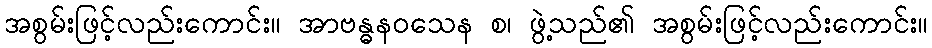
အစွမ်းဖြင့်လည်းကောင်း။ အာဗန္ဓနဝသေန စ၊ ဖွဲ့သည်၏ အစွမ်းဖြင့်လည်းကောင်း။